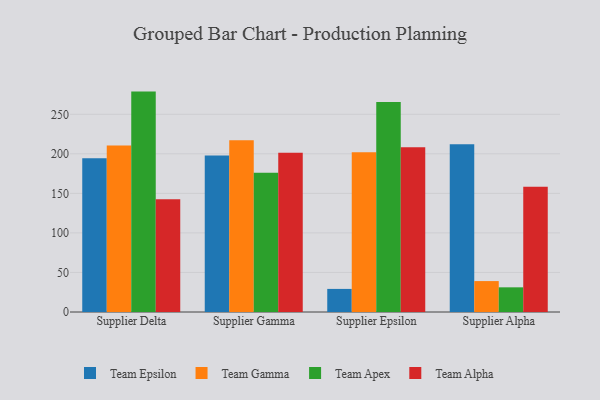
{"axis": {"x": "Supplier", "y": "Customer Acquisition Cost (USD)"}, "legend": ["Team Alpha", "Team Apex", "Team Epsilon", "Team Gamma"], "data": [{"x": "Supplier Delta", "y": 194.4, "type": "Team Epsilon"}, {"x": "Supplier Delta", "y": 210.7, "type": "Team Gamma"}, {"x": "Supplier Delta", "y": 278.7, "type": "Team Apex"}, {"x": "Supplier Delta", "y": 142.7, "type": "Team Alpha"}, {"x": "Supplier Gamma", "y": 198.0, "type": "Team Epsilon"}, {"x": "Supplier Gamma", "y": 217.2, "type": "Team Gamma"}, {"x": "Supplier Gamma", "y": 176.0, "type": "Team Apex"}, {"x": "Supplier Gamma", "y": 201.5, "type": "Team Alpha"}, {"x": "Supplier Epsilon", "y": 29.2, "type": "Team Epsilon"}, {"x": "Supplier Epsilon", "y": 201.9, "type": "Team Gamma"}, {"x": "Supplier Epsilon", "y": 265.5, "type": "Team Apex"}, {"x": "Supplier Epsilon", "y": 208.4, "type": "Team Alpha"}, {"x": "Supplier Alpha", "y": 212.2, "type": "Team Epsilon"}, {"x": "Supplier Alpha", "y": 39.1, "type": "Team Gamma"}, {"x": "Supplier Alpha", "y": 31.2, "type": "Team Apex"}, {"x": "Supplier Alpha", "y": 158.4, "type": "Team Alpha"}]}